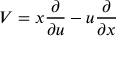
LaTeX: V = x { \frac { \partial } { \partial u } } - u { \frac { \partial } { \partial x } }